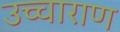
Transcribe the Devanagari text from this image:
उच्चाराण